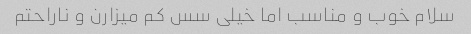
سلام خوب و مناسب اما خیلی سس کم میزارن و ناراحتم